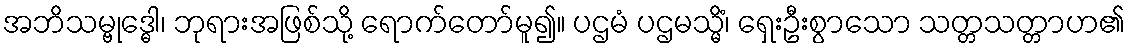
အဘိသမ္ဗုဒ္ဓေါ၊ ဘုရားအဖြစ်သို့ ရောက်တော်မူ၍။ ပဌမံ ပဌမသ္မိံ၊ ရှေးဦးစွာသော သတ္တသတ္တာဟ၏